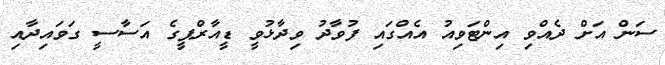
ސަން އަށް ދެއްވި އިންޓަވިއު އެއްގައި ފުވާދު ވިދާޅުވީ ޑީއާރްޕީގެ އަސާސީ ގަވައިދާއި